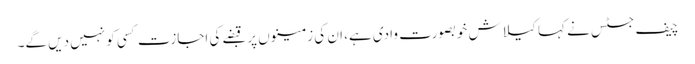
چیف جسٹس نے کہا کیلاش خوبصورت وادی ہے، ان کی زمینوں پر قبضے کی اجازت کسی کو نہیں دیں گے۔